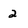
Character: 2